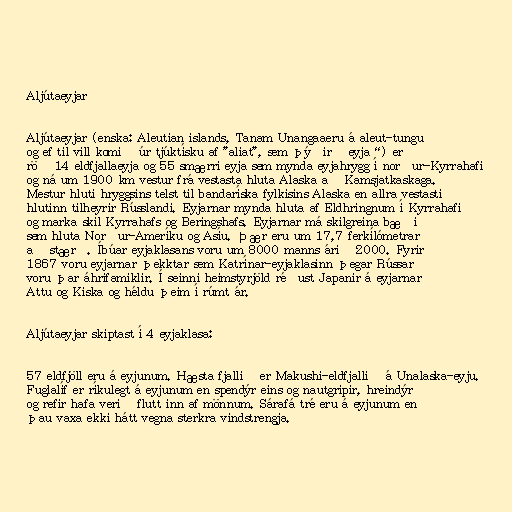
Aljútaeyjar

Aljútaeyjar (enska: Aleutian islands, Tanam Unangaaeru á aleut-tungu
og ef til vill komið úr tjúktísku af "aliat", sem þýðir „eyja“) er
röð 14 eldfjallaeyja og 55 smærri eyja sem mynda eyjahrygg í norður-Kyrrahafi
og ná um 1900 km vestur frá vestasta hluta Alaska að Kamsjatkaskaga.
Mestur hluti hryggsins telst til bandaríska fylkisins Alaska en allra vestasti
hlutinn tilheyrir Rússlandi. Eyjarnar mynda hluta af Eldhringnum í Kyrrahafi
og marka skil Kyrrahafs og Beringshafs. Eyjarnar má skilgreina bæði
sem hluta Norður-Ameríku og Asíu. Þær eru um 17,7 ferkílómetrar
að stærð. Íbúar eyjaklasans voru um 8000 manns árið 2000. Fyrir
1867 voru eyjarnar þekktar sem Katrínar-eyjaklasinn þegar Rússar
voru þar áhrifamiklir. Í seinni heimstyrjöld réðust Japanir á eyjarnar
Attu og Kiska og héldu þeim í rúmt ár.

Aljútaeyjar skiptast í 4 eyjaklasa:

57 eldfjöll eru á eyjunum. Hæsta fjallið er Makushi-eldfjallið á Unalaska-eyju.
Fuglalíf er ríkulegt á eyjunum en spendýr eins og nautgripir, hreindýr
og refir hafa verið flutt inn af mönnum. Sárafá tré eru á eyjunum en
þau vaxa ekki hátt vegna sterkra vindstrengja.